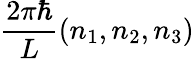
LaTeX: {\frac{2\pi\hbar}{L}}(n_{1},n_{2},n_{3})